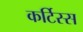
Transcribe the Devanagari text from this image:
कर्टिस्स